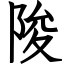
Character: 陖